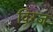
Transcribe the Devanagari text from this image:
विरज